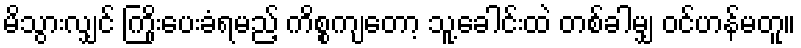
မိသွားလျှင် ကြိုးပေးခံရမည့် ကိစ္စကျတော့ သူ့ခေါင်းထဲ တစ်ခါမျှ ဝင်ဟန်မတူ။